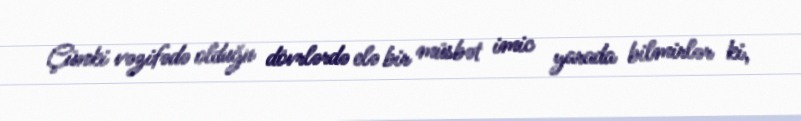
Çünki vəzifədə olduğu dövrlərdə elə bir müsbət imic yarada bilmirlər ki,